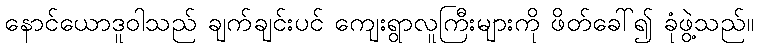
နောင်ယောဒူဝါသည် ချက်ချင်းပင် ကျေးရွာလူကြီးများကို ဖိတ်ခေါ်၍ ခုံဖွဲ့သည်။